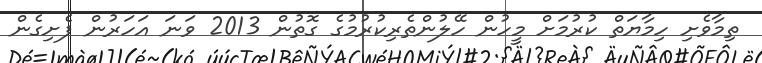
ތިމާވެށި ހިމާޔަތް ކުރުމަށް މީހުން ހޭލުންތެރިކުރުމުގެ ގޮތުން 2013 ވަނަ އަހަރުން ފެށިގެން